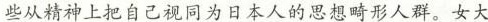
些从精神上把自己视同为日本人的思想畸形人群。女大